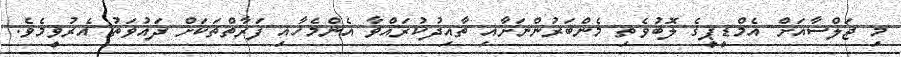
މި ޖަލްސާއަށް އެމްޑީޕީގެ ލޮބުވެތި މެންބަރުންނަށާއި ތާއިދުކުރައްވާ އެންމެހާއި ފަރާތްތަކަށް ދައުވަތު އެރުވީމެވެ.